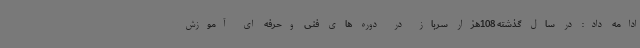
ادامه داد: در سال گذشته 108هزار سرباز در دوره های فنی وحرفه ای آموزش